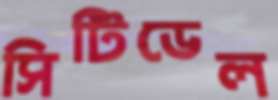
সিটিডেল